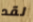
لقد